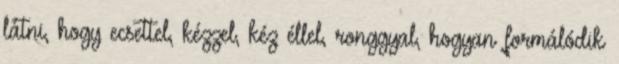
látni, hogy ecsettel, kézzel, kéz éllel, ronggyal, hogyan formálódik